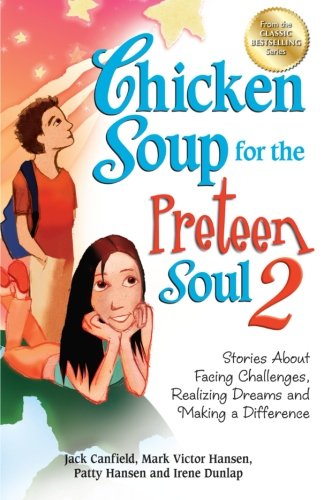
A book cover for Chicken Soup for the Preteen Soul 2: Stories About Facing Challenges, Realizing Dreams and Making a Difference (Chicken Soup for the Soul); Jack Canfield; Children's Books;